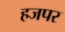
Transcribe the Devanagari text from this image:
हजपर